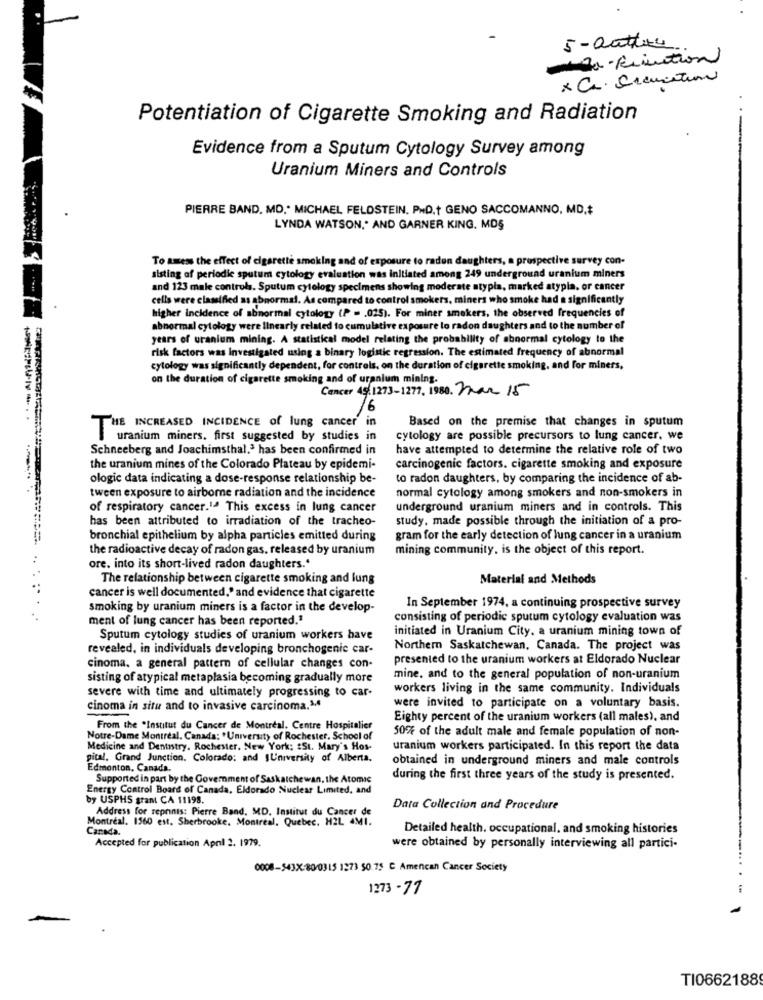
5 - author
-definition
Potentiation of Cigarette Smoking and Radiation
Evidence from a Sputum Cytology Survey among
Uranium Miners and Controls
PIERRE BAND, MD," MICHAEL FELDSTEIN, PHD.t GENO SACCOMANNO, MD.#
LYNDA WATSON," AND GARNER KING. MDS
To amess the effect of cigarette smoking and of exposure to radon daughters, a prospective survey con-
sisting of periodic sputum cytology evaluation was initiated among 249 underground uranium miners
and 123 male controls. Sputum cytology specimens showing moderate atypis, marked atypla. or cancer
cells were classified as abnormal. As compared to control smokers, miners who smoke had a significantly
higher incidence of abnormal cytology (P = . 025). For miner smokers, the observed frequencies of
abnormal cytology were linearly related to cumulative exposure to radon daughters and to the number of
years of uranium mining. A statistical model relating the probability of abnormal cytology to the
risk factors was Investigated using a binary logistic regression. The estimated frequency of abnormal
cytology was significantly dependent, for controls, on the duration of cigarette smoking, and for miners,
on the duration of cigarette smoking and of uranium mining.
Cancer 49,1273-1277, 1980. Zwar 15
16
Based on the premise that changes in sputum
THE INCREASED INCIDENCE of lung cancer i
uranium miners. first suggested by studies in
cytology are possible precursors to lung cancer. we
Schneeberg and Joachimsthal,3 has been confirmed in
have attempted to determine the relative role of two
the uranium mines of the Colorado Plateau by epidemi-
carcinogenic factors. cigarette smoking and exposure
ologic data indicating a dose-response relationship be-
to radon daughters, by comparing the incidence of ab-
tween exposure to airborne radiation and the incidence
normal cytology among smokers and non-smokers in
of respiratory cancer.1ª This excess in lung cancer
underground uranium miners and in controls. This
has been attributed to irradiation of the tracheo-
study, made possible through the initiation of a pro-
bronchial epithelium by alpha particles emitted during
gram for the early detection of lung cancer in a uranium
the radioactive decay of radon gas, released by uranium
mining community, is the object of this report.
..
ore. into its short-lived radon daughters .*
The relationship between cigarette smoking and lung
Material and Methods
cancer is well documented." and evidence that cigarette
smoking by uranium miners is a factor in the develop-
In September 1974, a continuing prospective survey
ment of lung cancer has been reported."
consisting of periodic sputum cytology evaluation was
initiated in Uranium City. a uranium mining town of
Sputum cytology studies of uranium workers have
revealed, in individuals developing bronchogenic car-
Northern Saskatchewan, Canada. The project was
presented to the uranium workers at Eldorado Nuclear
cinoma, a general pattern of cellular changes con-
sisting of atypical metaplasia becoming gradually more
mine, and to the general population of non-uranium
severe with time and ultimately progressing to car-
workers living in the same community. Individuals
cinoma in situ and to invasive carcinoma.14
were invited to participate on a voluntary basis.
Eighty percent of the uranium workers (all males), and
From the "Institut du Cancer de Montreal. Centre Hospitalier
50% of the adult male and female population of non-
Notre-Dame Montreal, Canada: "University of Rochester, School of
Medicine and Dentistry. Rochester. New York: #St. Mary's Hos-
uranium workers participated. In this report the data
pital. Grand Junction, Colorado: and IUniversity of Alberta.
obtained in underground miners and male controls
Edmonton, Canada.
Supported in part by the Government of Saskatchewan, the Atomic
during the first three years of the study is presented.
Energy Control Board of Canada, Eldorado Nuclear Limited, and
by USPHS grant CA 11198.
Address for repninis: Pierre Band, MD, Institut du Cancer de
Data Collection and Procedure
Montreal. 1560 est. Sherbrooke. Montreal, Quebec. H2L 4MI.
Canada.
Detailed health. occupational, and smoking histories
Accepted for publication April 2. 1979.
were obtained by personally interviewing all partici-
0008-543X-80/0315 1273 50 75 C Amencan Cancer Society
1273 - 77
TI0662188